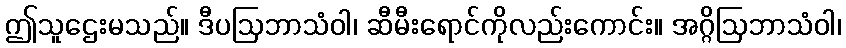
ဤသူဌေးမသည်။ ဒီပဩဘာသံဝါ၊ ဆီမီးရောင်ကိုလည်းကောင်း။ အဂ္ဂိဩဘာသံဝါ၊